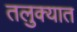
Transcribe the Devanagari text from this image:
तलुक्यात